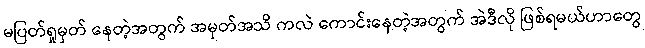
မပြတ်ရှုမှတ် နေတဲ့အတွက် အမှတ်အသိ ကလဲ ကောင်းနေတဲ့အတွက် အဲဒီလို ဖြစ်ရမယ်ဟာတွေ